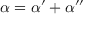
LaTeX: \alpha = \alpha ^ { \prime } + \alpha ^ { \prime \prime }